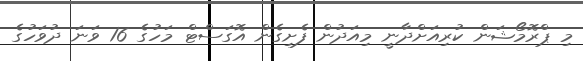
މި ޕްރޮމޯޝަން ކުރިއަށްދާނީ މިއަދުން ފެށިގެން އޮގަސްޓް މަހުގެ 16 ވަނަ ދުވަހުގެ